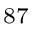
^ { 8 7 }